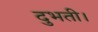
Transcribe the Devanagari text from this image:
दुभती।